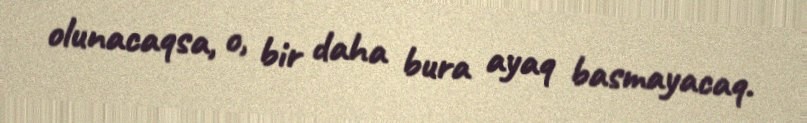
olunacaqsa, o, bir daha bura ayaq basmayacaq.